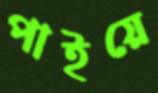
পাইয়ে